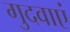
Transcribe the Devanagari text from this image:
गुदवाएं